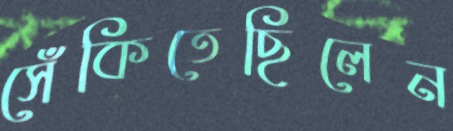
সেঁকিতেছিলেন